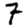
Digit: 7